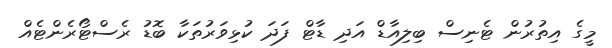
މީގެ އިތުރުން ޓެނިސް ބިލިއާޑް އަދި ޑާޓް ފަދަ ކުޅިވަރުތަކާ ބޮޑު ރެސްޓޯރެންޓެއް